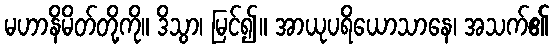
မဟာနိမိတ်တို့ကို။ ဒိသွာ၊ မြင်၍။ အာယုပရိယောသာနေ၊ အသက်၏